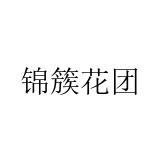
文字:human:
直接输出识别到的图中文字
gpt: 锦簇花团